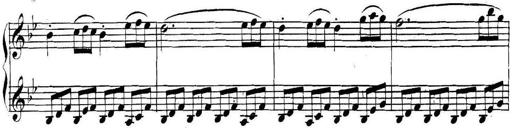
Title: Collected Piano Sonatas
Composer: Muzio Clementi